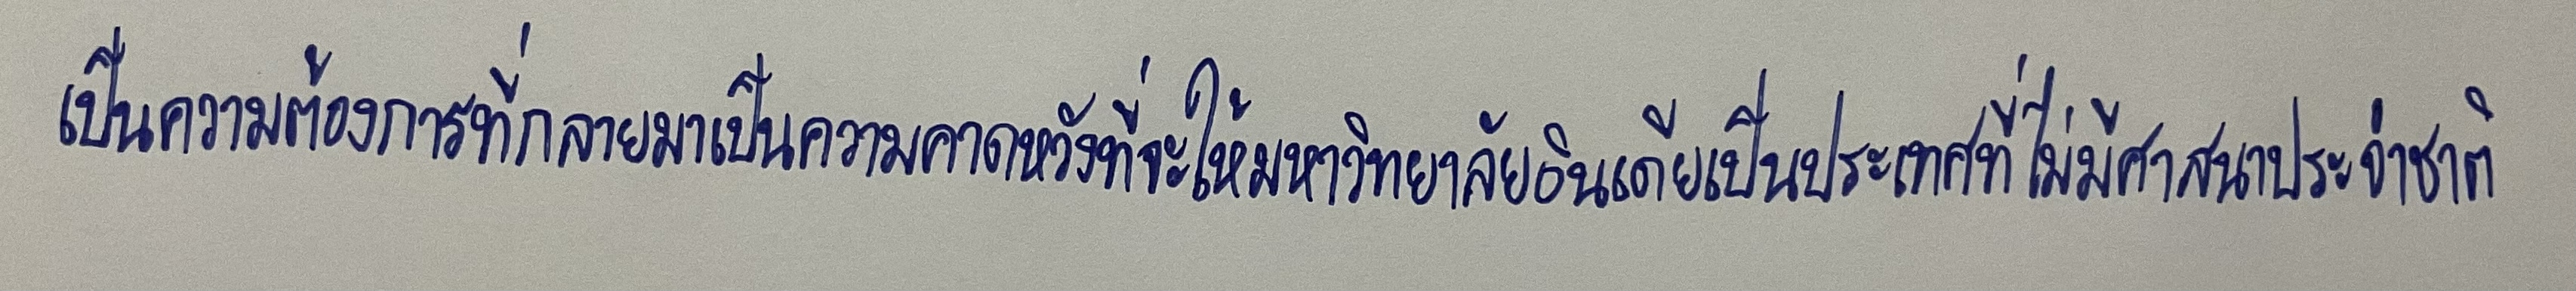
เป็นความต้องการที่กลายมาเป็นความคาดหวังที่จะให้มหาวิทยาลัยอินเดียเป็นประเทศที่ไม่มีศาสนาประจำชาติ